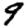
Digit: 9